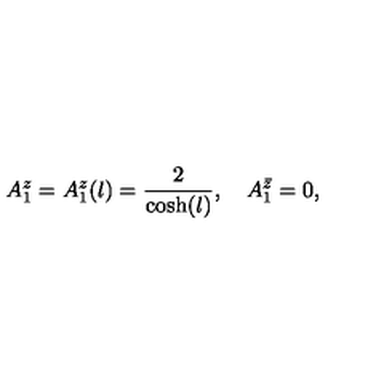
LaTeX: A _ { 1 } ^ { z } = A _ { 1 } ^ { z } ( l ) = \frac { 2 } { \cosh ( l ) } , \quad A _ { 1 } ^ { \bar { z } } = 0 ,